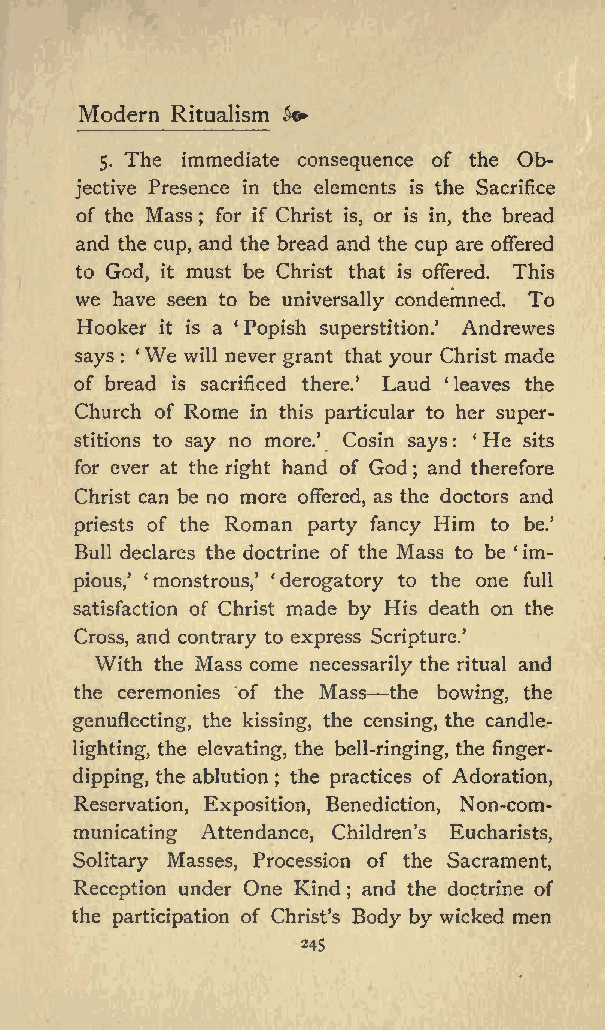
Modern Ritualism &&
 5. The immediate consequence of the Ob
 jective Presence in the elements is the Sacrifice
 of the Mass ; for if Christ is, or is in, the bread
 and the cup, and the bread and the cup are offered
 to God, it must be Christ that is offered. This
 we have seen to be universally condemned. To
 Hooker it is a Popish superstition. Andrewes
 says : We will never grant that your Christ made
 of bread is sacrificed there. Laud leaves the
 Church of Rome in this particular to her super
 stitions to say no more. Cosin says: He sits
 for ever at the right hand of God and therefore
 ;
 Christ can be no more offered, as the doctors and
 priests of the Roman party fancy Him to be.
 Bull declares the doctrine of the Mass to be im
 pious, monstrous, derogatory to the one full
 satisfaction of Christ made by His death on the
 Cross, and contrary to express Scripture.
 With the Mass come necessarily the ritual and
 the ceremonies of the Mass the bowing, the
 genuflecting, the kissing, the censing, the candle-
 lighting, the elevating, the bell-ringing, the finger-
 dipping, the ablution the practices of Adoration,
 ;
 Reservation, Exposition, Benediction, Non-com
 municating Attendance, Children s Eucharists,
 Solitary Masses, Procession of the Sacrament,
 Reception under One Kind and the doctrine of
 ;
 the participation of Christs Body by wicked men
 245